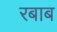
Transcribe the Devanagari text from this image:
रबाब